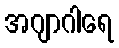
အဂျာဂါရေ